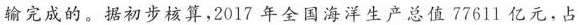
输完成的。据初步核算，2017年全国海洋生产总值77611亿元，占